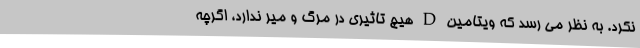
نکرد. به نظر می رسد که ویتامین D هیچ تاثیری در مرگ و میر ندارد، اگرچه